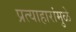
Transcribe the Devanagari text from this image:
प्रत्याहारांमुळे